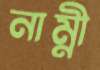
নাম্নী